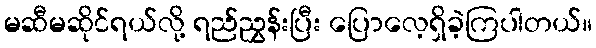
မဆီမဆိုင်ရယ်လို့ ရည်ညွှန်းပြီး ပြောလေ့ရှိခဲ့ကြပါတယ်။